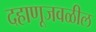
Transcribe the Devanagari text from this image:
दहाणूजवळील